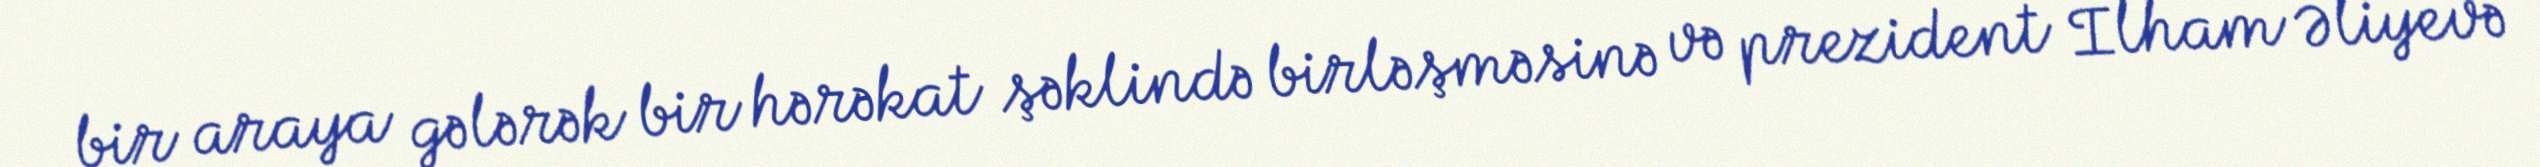
bir araya gələrək bir hərəkat şəklində birləşməsinə və prezident İlham Əliyevə